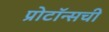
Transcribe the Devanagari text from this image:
प्रोटॉन्सची